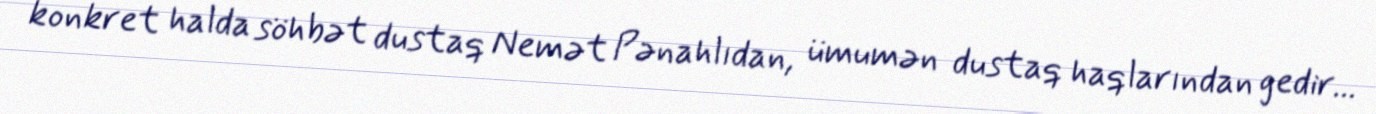
konkret halda söhbət dustaq Nemət Pənahlıdan, ümumən dustaq haqlarından gedir...